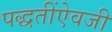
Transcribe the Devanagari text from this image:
पद्धतींऐवजी